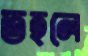
তহলে